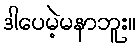
ဒါပေမဲ့မနာဘူး။